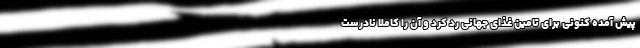
پیش آمده کنونی برای تامین غذای جهانی رد کرد و آن را کاملا نادرست